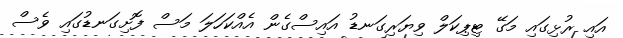
އައި ރުޅިގައި މަގޭ ޓިޕިކަލް ވިޔަރިގަނޑު އައިސްގެން އެއްކަހަލަ މަސް ފޮށިގަނޑުގައި ވެސް